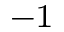
^ { - 1 }